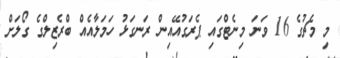
މި މެޗުގެ 16 ވަނަ މިނެޓްގައި ޕެރަގުއޭއިން ރަނގަޅު ހަމަލާއެއް ބްރެޒިލްގެ ގޯލަށް